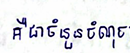
គឺជាចំនួនចំណុច